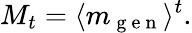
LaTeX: M_{t}=\langle m_{\mathrm{~g~e~n~}}\rangle^{t}.